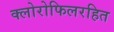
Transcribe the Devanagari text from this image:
क्लोरोफिलरहित